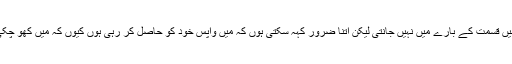
انٹرویو کے دوران اداکارہ کا کہنا تھا کہ میں قسمت کے بارے میں نہیں جانتی لیکن اتنا ضرور کہہ سکتی ہوں کہ میں واپس خود کو حاصل کر رہی ہوں کیوں کہ میں کھو چکی تھی اس طلاق نے مجھے بکھیر دیا تھا۔